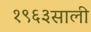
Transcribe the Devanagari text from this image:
१९६३साली